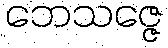
ဘေသဇ္ဇေ